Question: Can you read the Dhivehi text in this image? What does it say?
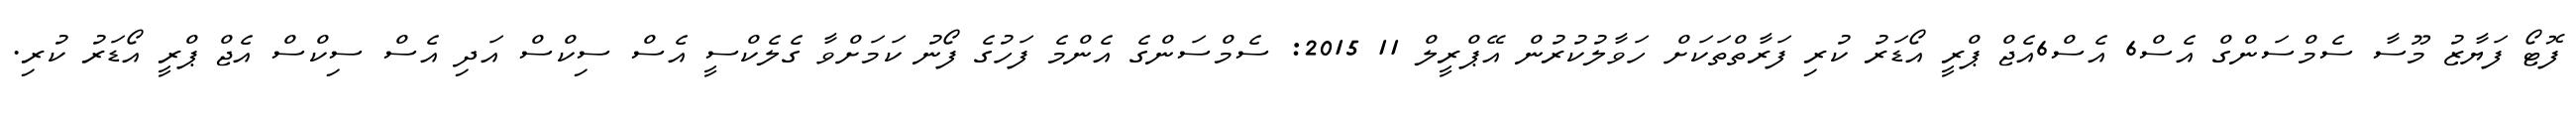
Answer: ފޮޓޯ ފަޔާޒު މޫސާ ސެމްސަންގް އެސް6 އެސް6އެޖް ޕްރީ އޯޑަރު ކުރި ފަރާތްތަކަށް ހަވާލުކުރުން އޭޕްރީލް 11 2015: ސެމްސަންގެ އެންމެ ފަހުގެ ފޯނު ކަމަށްވާ ގެލެކްސީ އެސް ސިކްސް އަދި އެސް ސިކްސް އެޖް ޕްރީ އޯޑަރު ކުރި.